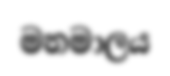
මනමාලය